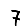
Digit: 7